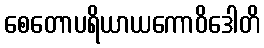
စေတောပရိယာယကောဝိဒေါတိ